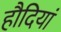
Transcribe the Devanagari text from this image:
हौदियां